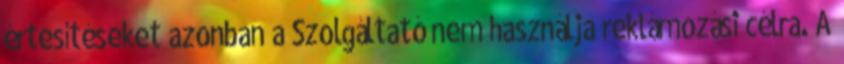
értesítéseket azonban a Szolgáltató nem használja reklámozási célra. A